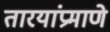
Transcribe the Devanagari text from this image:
तारयांप्रमाणे